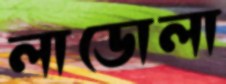
লাডোলা